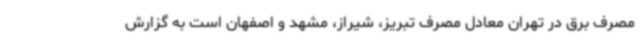
مصرف برق در تهران معادل مصرف تبریز، شیراز، مشهد و اصفهان است به گزارش